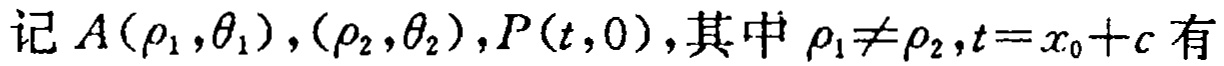
记 \(A(\rho_1,\theta_1),(\rho_2,\theta_2),P(t,0)\)，其中 \(\rho_1\neq\rho_2,t = x_0 + c\) 有